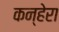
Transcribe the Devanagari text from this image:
कन्हेरा